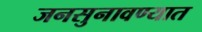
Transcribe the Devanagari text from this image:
जनसुनावण्यात